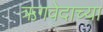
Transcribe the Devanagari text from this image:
ऋगवेदाच्या